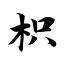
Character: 枳